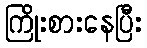
ကြိုးစားနေပြီး